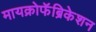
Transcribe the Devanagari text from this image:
मायक्रोफॅब्रिकेशन